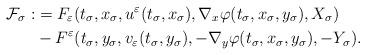
LaTeX: \begin{align*}\mathcal{F}_\sigma:&=F_\varepsilon(t_\sigma,x_\sigma,u^\varepsilon(t_\sigma,x_\sigma),\nabla_x\varphi(t_\sigma,x_\sigma,y_\sigma),X_\sigma)\\&-F^\varepsilon(t_\sigma,y_\sigma,v_\varepsilon(t_\sigma,y_\sigma),-\nabla_y\varphi(t_\sigma,x_\sigma,y_\sigma),-Y_\sigma).\end{align*}